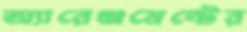
অ্যারেঞ্জমেন্টের